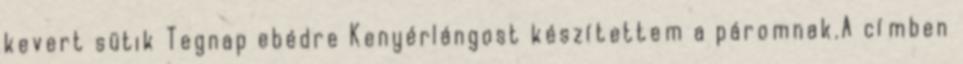
kevert sütik Tegnap ebédre Kenyérlángost készítettem a páromnak.A címben